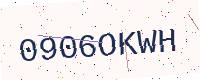
Text: 0906OKWH